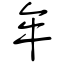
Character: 牟